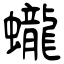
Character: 蠬